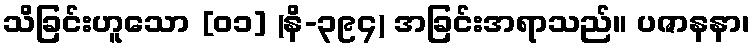
သိခြင်းဟူသော [၀၁] (နိ-၃၉၄) အခြင်းအရာသည်။ ပဇာနနာ၊